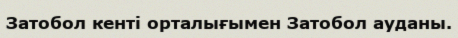
Затобол кенті орталығымен Затобол ауданы.